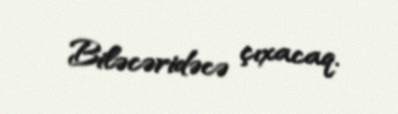
Biləcəridəcə çıxacaq.